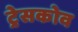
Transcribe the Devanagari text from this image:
ट्रेसकोव